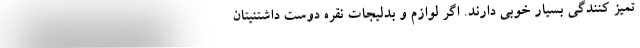
تمیز کنندگی بسیار خوبی دارند. اگر لوازم و بدلیجات نقره دوست داشتنیتان